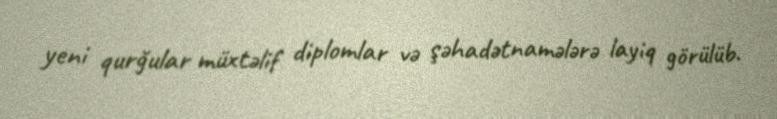
yeni qurğular müxtəlif diplomlar və şəhadətnamələrə layiq görülüb.